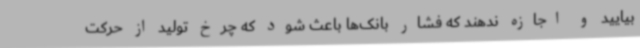
بیایید و اجازه ندهند که فشار بانک‌ها باعث شود که چرخ تولید از حرکت